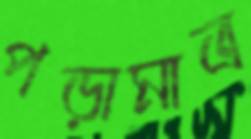
পড়ামাত্র